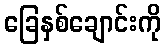
ခြေနှစ်ချောင်းကို